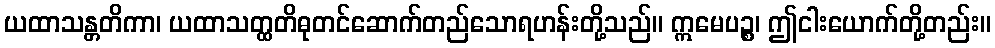
ယထာသန္တတိကာ၊ ယထာသတ္ထတိဓုတင်ဆောက်တည်သောရဟန်းတို့သည်။ ဣမေပဉ္စ၊ ဤငါးယောက်တို့တည်း။